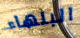
البلهاء